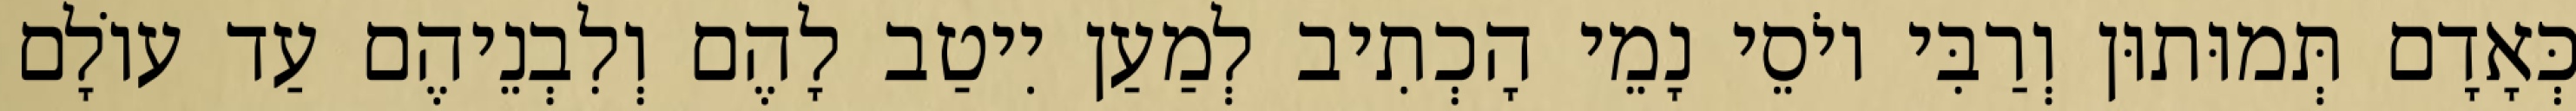
כְּאָדָם תְּמוּתוּן וְרַבִּי יוֹסֵי נָמֵי הָכְתִיב לְמַעַן יִיטַב לָהֶם וְלִבְנֵיהֶם עַד עוֹלָם